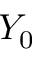
Y _ { 0 }